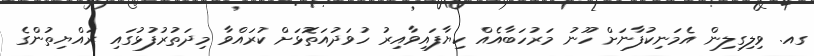
ގއ. ވިލިގިލިން އެމަނިކުފާނަށް ހޫނު މަރުހަބާއެއް ކިޔާފައިވާއިރު ހުވަދުއަތޮޅަށް ކުރައްވާ މިދަތުރުފުޅުގައި ރައްޔިތުންގެ